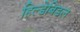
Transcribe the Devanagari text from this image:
हिल्डेबिडल